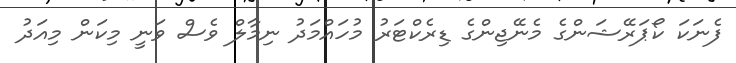
ފެނަކަ ކޯޕަރޭޝަންގެ މެނޭޖިންގެ ޑިރެކްޓަރު މުހައްމަދު ނިމާލް ވެސް ވަނީ މިކަން މިއަދު